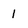
Character: 1